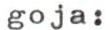
goja: